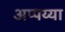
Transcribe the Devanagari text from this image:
अप्पय्या